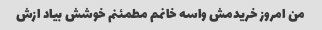
من امروز خریدمش واسه خانمم مطمئنم خوشش بیاد ازش